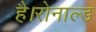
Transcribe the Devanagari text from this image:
है।रोनाल्ड